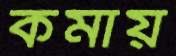
কমায়